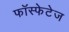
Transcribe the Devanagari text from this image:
फॉस्फेटेज